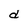
Character: d